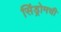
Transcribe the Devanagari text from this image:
सिंड्रोमची